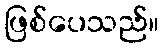
ဖြစ်ပေသည်။